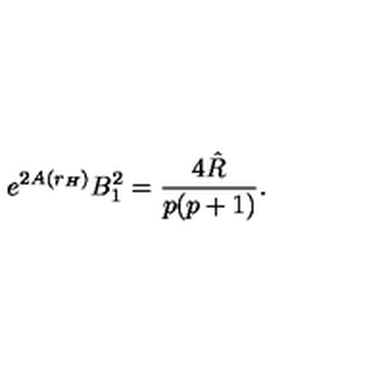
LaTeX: e ^ { 2 A ( r _ { H } ) } B _ { 1 } ^ { 2 } = \frac { 4 \hat { R } } { p ( p + 1 ) } .